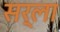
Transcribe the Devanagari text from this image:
सर्ला